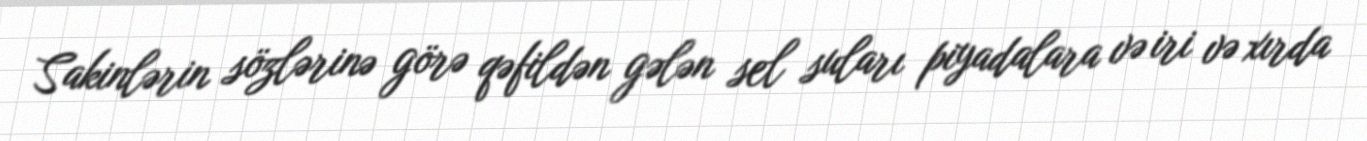
Sakinlərin sözlərinə görə qəfildən gələn sel suları piyadalara və iri və xırda